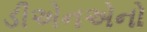
ડીએનએનો